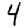
Digit: 4